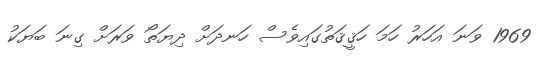
1969 ވަނަ އަހަރު ހަމަ ހަޤީޤަތުގައިވެސް ހަނދަށް ދިޔަތޯ ވަރަށް ގިނަ ބަޔަކު